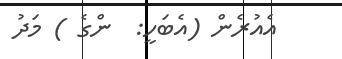
އެއުރެން (އެބަހީ:  ންގެ ) މަދު